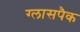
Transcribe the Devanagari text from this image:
ग्लासपैक